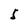
Character: 5